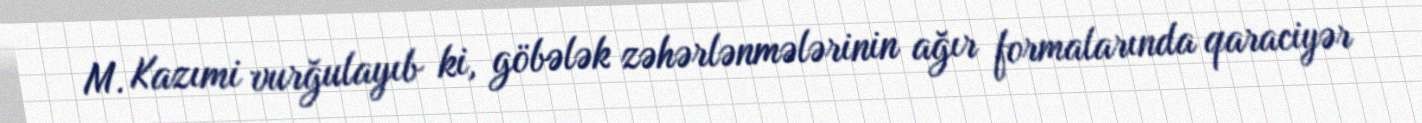
M. Kazımi vurğulayıb ki, göbələk zəhərlənmələrinin ağır formalarında qaraciyər